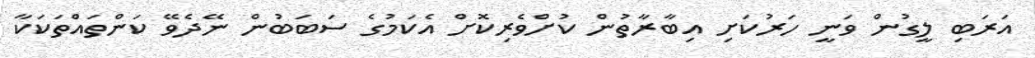
އަރަބި ލީގުން ވަނީ ހަރުކަށި އިބާރާތުން ކުށްވެރިކޮށް އެކަމުގެ ސަބަބުން ނޭދެވޭ ކަންތައްތަކަކާ